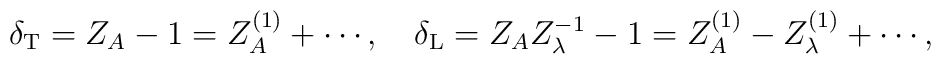
\delta_{\rm T}=Z_A-1=Z_A^{(1)}+\cdots, \quad \delta_{\rm L}=Z_AZ_\lambda^{-1}-1=Z_A^{(1)}-Z_\lambda^{(1)}+\cdots ,